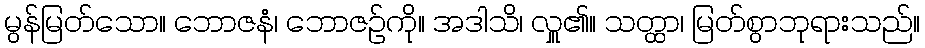
မွန်မြတ်သော။ ဘောဇနံ၊ ဘောဇဉ်ကို။ အဒါသိ၊ လှူ၏။ သတ္ထာ၊ မြတ်စွာဘုရားသည်။